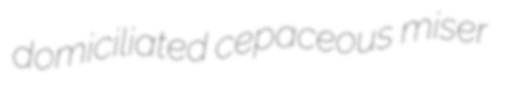
domiciliated cepaceous miser